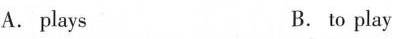
A.plays B.to play